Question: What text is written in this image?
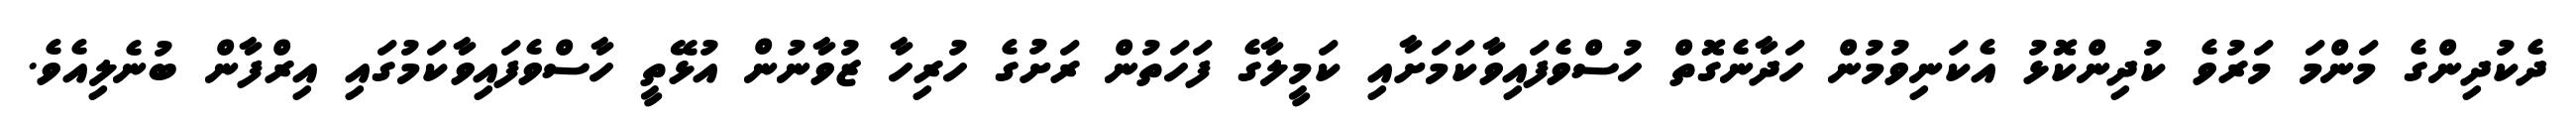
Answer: ދެކުދިންގެ މަންމަ މަރުވެ ކުދިންކޮޅު އެކަނިވުމުން ހަދާނެގޮތް ހުސްވެފައިވާކަމަށާއި ކަމީލާގެ ފަހަތުން ރަށުގެ ހުރިހާ ޒުވާނުން އުޅޭތީ ހާސްވެފައިވާކަމުގައި އިރްފާން ބުނެލިއެވެ.